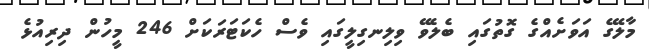
މާލޭގެ އަވަށެއްގެ ގޮތުގައި ބެލެވޭ ވިލިނގިލީގައި ވެސް ހެކަޓަރަކަށް 246 މީހުން ދިރިއުޅެ